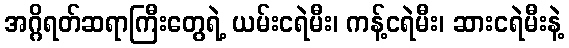
အဂ္ဂိရတ်ဆရာကြီးတွေရဲ့ ယမ်းငရဲမီး၊ ကန့်ငရဲမီး၊ ဆားငရဲမီးနဲ့